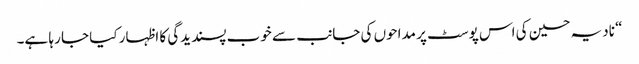
“ نادیہ حسین کی اس پوسٹ پر مداحوں کی جانب سے خوب پسندیدگی کا اظہار کیا جا رہا ہے۔